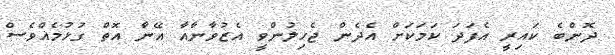
ދޮންބެ ކައިރީ އެފަދަ ކަމަކަށް އެދެން ޖެހިލުންވީ އެޒުވާނާއާ އޭނާ އޮތް ގުޅުމެއްވެސް